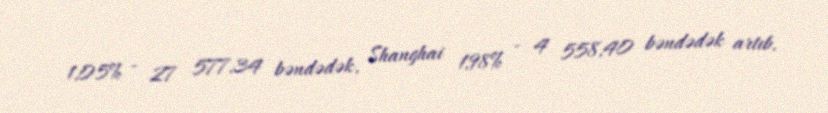
1,05% - 27 577,34 bəndədək, Shanghai 1,98% - 4 558,40 bəndədək artıb.